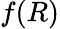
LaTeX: f(R)